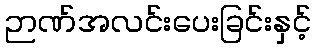
ဉာဏ်အလင်းပေးခြင်းနှင့်